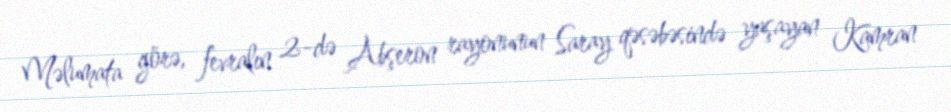
Məlumata görə, fevralın 2-də Abşeron rayonunun Saray qəsəbəsində yaşayan Kamran